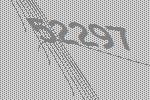
52297